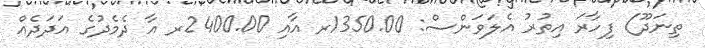
ތިނަދޫ) ފިހާރަ އިތުރު އެލަވަންސް: 1350.00ރ އާއި 2400.00ރ އާ ދެމެދުގެ އަދަދެއް